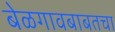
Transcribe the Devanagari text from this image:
बेळगावबाबतचा